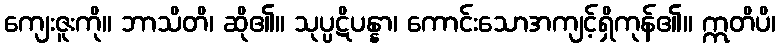
ကျေးဇူးကို။ ဘာသိတိ၊ ဆို၏။ သုပ္ပဋိပန္နာ၊ ကောင်းသောအကျင့်ရှိကုန်၏။ ဣတိပိ၊